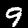
Label: 9